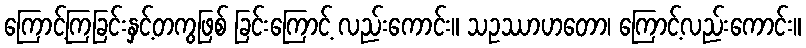
ကြောင့်ကြခြင်းနှင့်တကွဖြစ် ခြင်းကြောင့် လည်းကောင်း။ သဥဿာဟတော၊ ကြောင့်လည်းကောင်း။